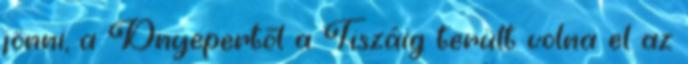
jönni, a Dnyepertől a Tiszáig terült volna el az